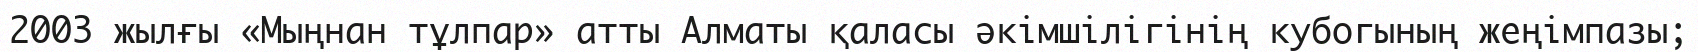
2003 жылғы «Мыңнан тұлпар» атты Алматы қаласы әкімшілігінің кубогының жеңімпазы;